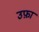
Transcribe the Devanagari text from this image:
उफ़ा